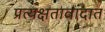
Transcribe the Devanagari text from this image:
प्रत्यक्षतावादात